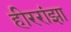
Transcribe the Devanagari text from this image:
हीररांझा